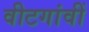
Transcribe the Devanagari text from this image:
वीटगांवीं